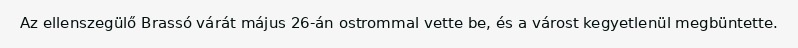
Az ellenszegülő Brassó várát május 26-án ostrommal vette be, és a várost kegyetlenül megbüntette.